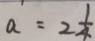
a = 2 \frac { 1 } { 4 }